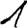
Digit: 1